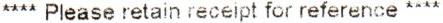
**** PLEASE RETAIN RECEIPT FOR REFERENCE ****